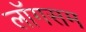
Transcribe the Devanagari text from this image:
लॉगसम